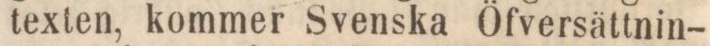
texten, kommer Svenska Öfversättnin-